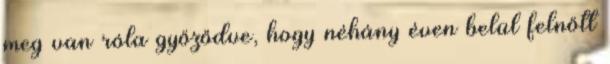
meg van róla győződve, hogy néhány éven belül felnőtt